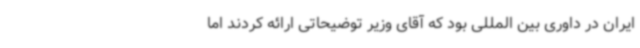
ایران در داوری بین المللی بود که آقای وزیر توضیحاتی ارائه کردند اما